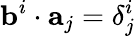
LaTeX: \mathbf{b}^{i}\cdot\mathbf{a}_{j}=\delta_{j}^{i}